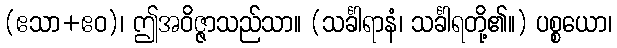
(ဧသာ+ဧဝ)၊ ဤအဝိဇ္ဇာသည်သာ။ (သင်္ခါရာနံ၊ သင်္ခါရတို့၏။) ပစ္စယော၊